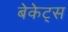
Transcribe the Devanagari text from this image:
बेकेट्स